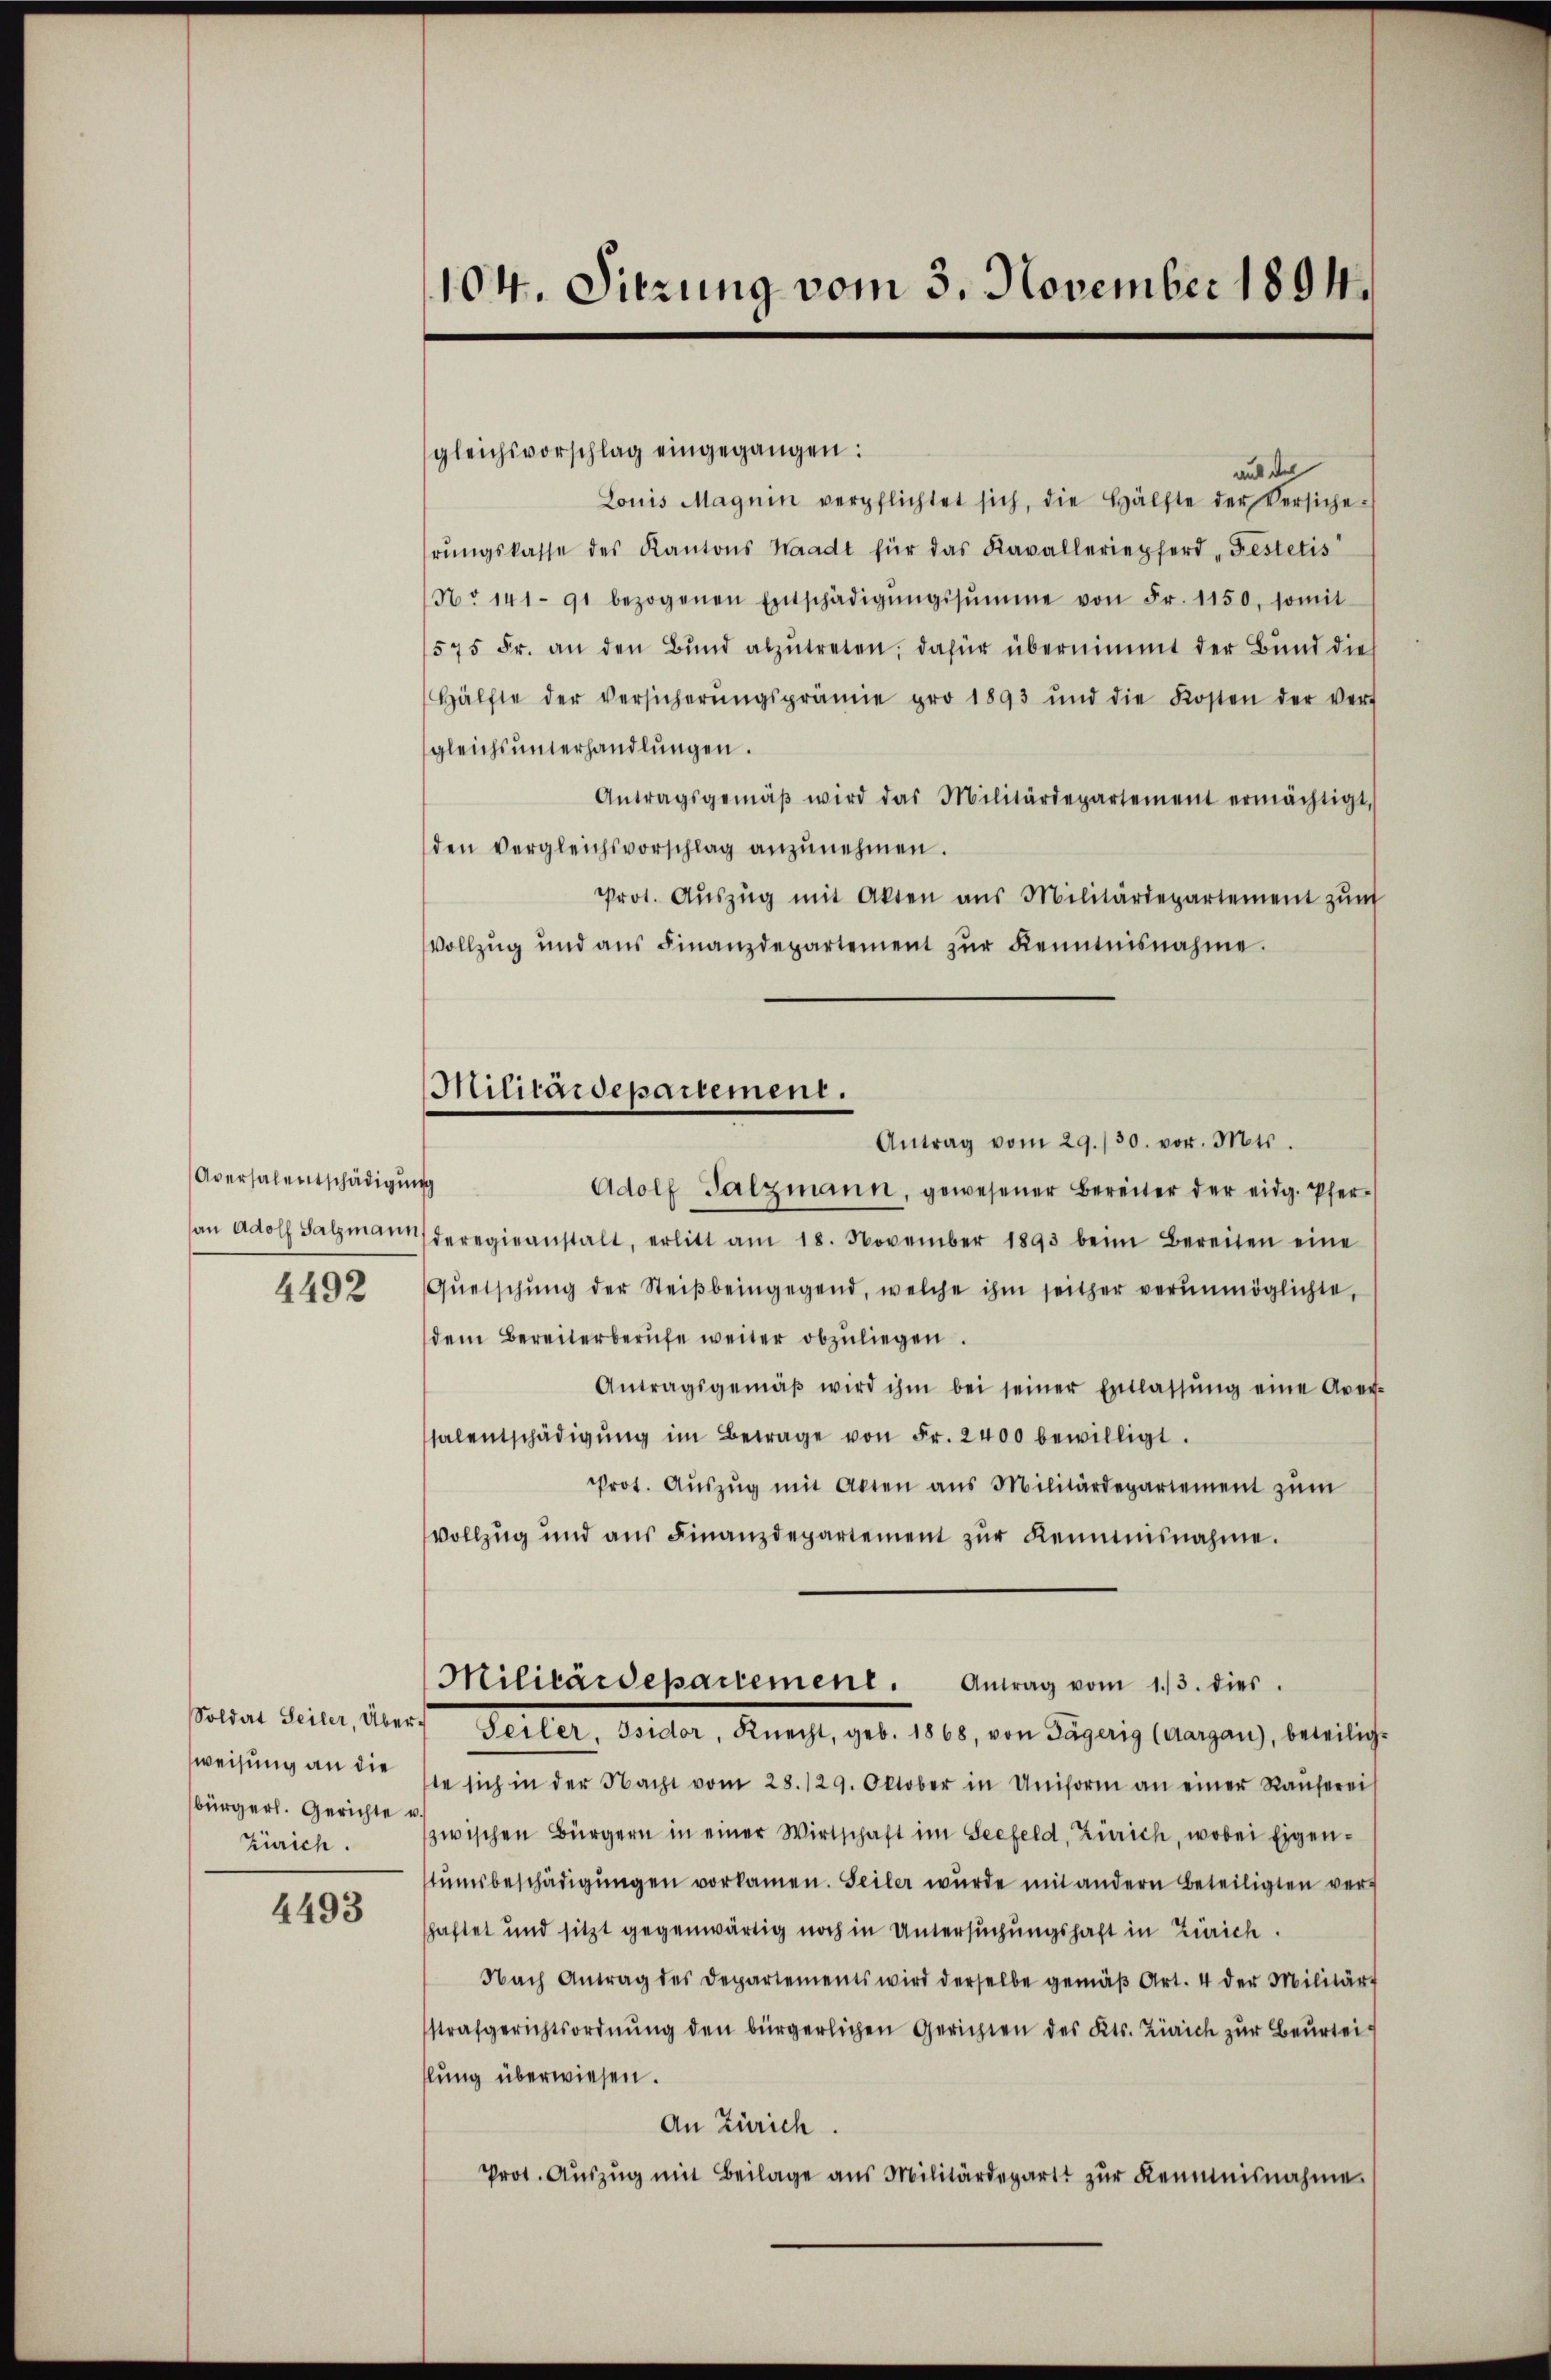
Aversalentschädigung

weisung an die
bürgerl. Gerichte u.
Zürich.

4493

104. Sitzung vom 3. November 1894.

Militärdepartement.
Antrag vom 29./30. vor. Mts.

gleichsvorschlag eingegangen:
aut der
Louis Magnin verpflichtet sich, die Hälfte der Versiche
rŭngskasse des Kantons Waadt für das Kavalleriepferd „Festetis
No 141. 91 bezogenen Entschädigŭngssumme von Fr. 1150. somit
575 Fr. an den Bŭnd abzŭtreten; dafür übernimmt der Bund dies
Hälfte der versicherŭngsprämie pro 1893 und die Kosten der verf
gleichs unterhandlungen.
Antragsgemäβ wird das Militärdepartement ermächtigt,
den vergleichsvorschlag anzŭnehmen.
Prot. Aŭszŭg mit Akten aus Militärdepartement zŭm
Vollzug und aŭs Finanzdepartement zŭr Kenntnisnahme.
Adolf Salzmann, gewesener Bereiter der eidg. Pferan Adolf Salzmanns deregieanstalt, erlitt am 18. November 1893 beim Bereiten eine
4492 Qŭerschŭng der Steiβbeingegend, welche ihm seither verŭnmöglichte,
dem Bereiterberufe weiter abzuliegen.
Antragsgemäβ wird ihm bei seiner Entlassŭng eine Aver-
salentschädigŭng im Betrage von Fr. 2400 bewilligt.
Prot. Aŭszŭg mit Akten aus Militärdepartement zŭm
vollzug und aus Finanzdepartement zŭr Kenntnisnahme.
Militärdepartement. Antrag vom 13. dies
poliat diren, durch Seiter, Seiter, Knecht, geb. 1860, von Superig langen, beteiliche
te sich in der Nacht vom 28. 129. Oktober in Uniform an einer Raŭfereis
zwischen Bürgern in einer Wirtschaft im Seefeld, Zürich, wobei Eigenstŭmsbeschädigŭngen vorkamen. Seiler wurde mit andern beteiligten ver-
schaftet und sitzt gegenwärtig noch in Untersuchungshaft in Zürich.
Nach Antrag des Departements wird derselbe gemäβ Art. 4 der Militär
strafgerichtsordnŭng den bürgerlichen Gerichten des Kts. Zürich zŭr Beurtei-
hlung überwiesen.
An Zürich.
Prot. Aŭszŭg mit Beilage ans Militärdepart zŭr Kenntnisnahme